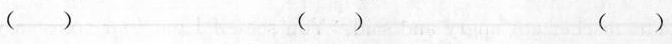
（） （） （）